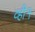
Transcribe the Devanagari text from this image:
व्ही१